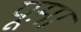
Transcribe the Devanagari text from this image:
पूम़ा